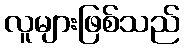
လူများဖြစ်သည်